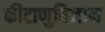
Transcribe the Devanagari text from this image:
कीटाणुविज्ञान